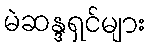
မဲဆန္ဒရှင်များ